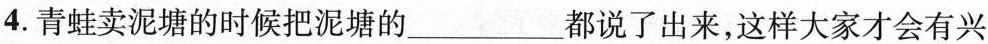
4. 青蛙卖泥塘的时候把泥塘的___都说了出来，这样大家才会有兴